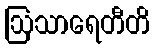
ဩသာရေတီတိ